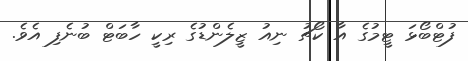
ފުޓްބޯޅަ ޓީމުގެ އާ ކޯޗު ނިއު ޒީލެންޑުގެ ރިކީ ހާބަޓް ބުނެފި އެވެ.